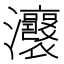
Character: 𤅭